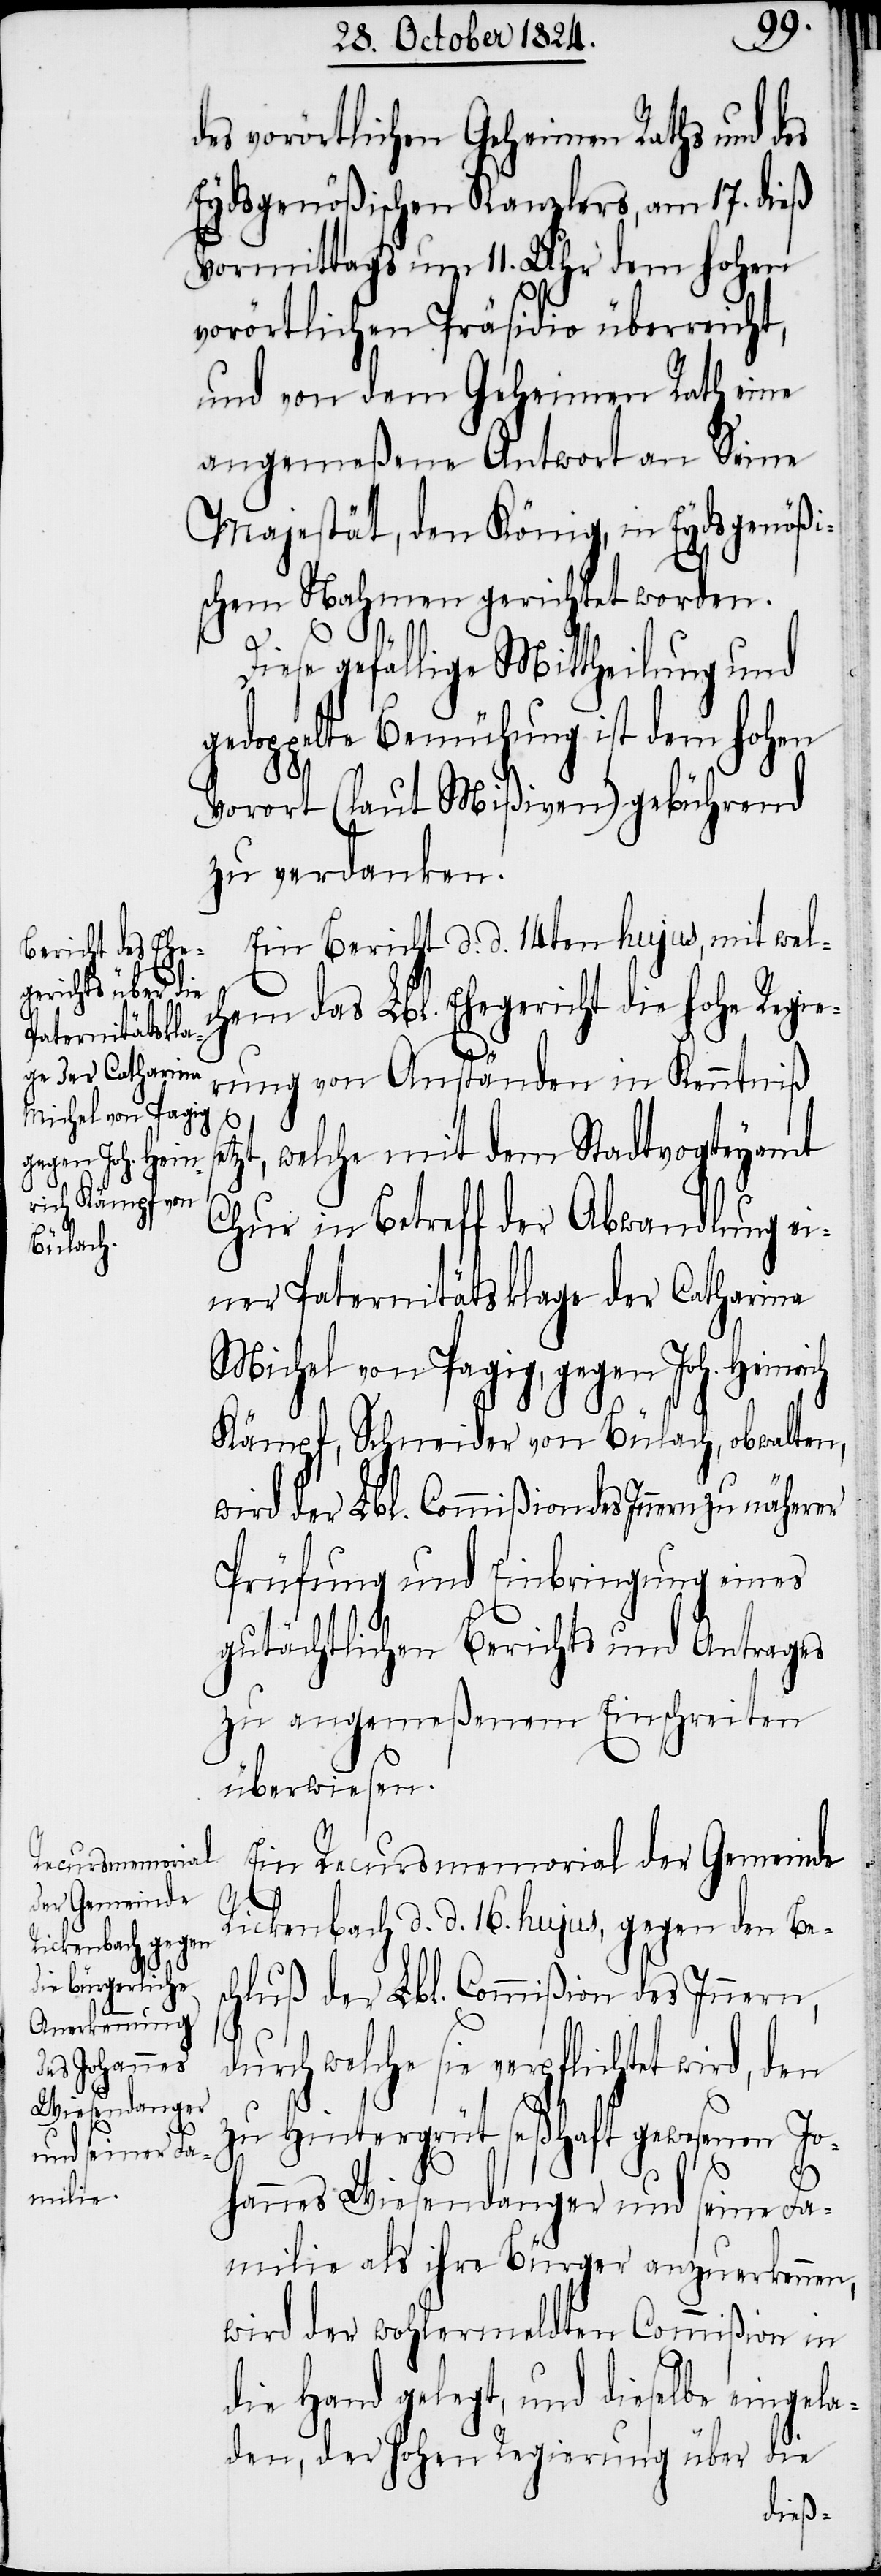
des vorörtlichen Geheimen Raths und des
Eydsgenößischen Kanzlers, am 17. dieß
Vormittags um 11. Uhr dem hohen
vorörtlichen Präsidio überreicht,
und von dem Geheimen Rath eine
angemeßene Antwort an Seine
Majestät, den König, in Eydsgenößi¬
schem Nahmen gerichtet worden.
Diese gefällige Mittheilung und
gedoppelte Bemühung ist dem hohen
Vorort (laut Mißiven) gebührend
zu verdanken.
Ein Bericht d. d. 14ten hujus, mit wel¬
chem das Lbl. Ehegericht die hohe Regie¬
rung von Anständen in Kenntniß
tzt, welche mit dem Stadtvogteyamt
se¬
Chur in Betreff der Abwandlung ei¬
ner Paternitätsklage der Catharina
Michel von Pagig, gegen Joh. Heinr¬
Kämpf, Schneider von Bülach, obwalten,
wird der Lbl. Commißion des Innern
Prüfung und Einbringung eines
gutächtlichen Berichts und Antrages
zu angemeßenem Einschreiten
überwiesen.
Ein Recursmemorial der Gemeinde
ich
Rickenbach d. d. 16. hujus, gegen den Bes¬
chluß der Lbl. Commißion des Innern,
durch welche sie verpflichtet wird,
zu Hintergrüt seßhaft gewesenen Jo¬
hannes Wiesendanger und seine Fa¬
milie als ihre Bürger anzuerkennen,
wird der wohlermeldten Commißion in
die Hand gelegt, und dieselbe eingela¬
den, der hohen Regierung über die